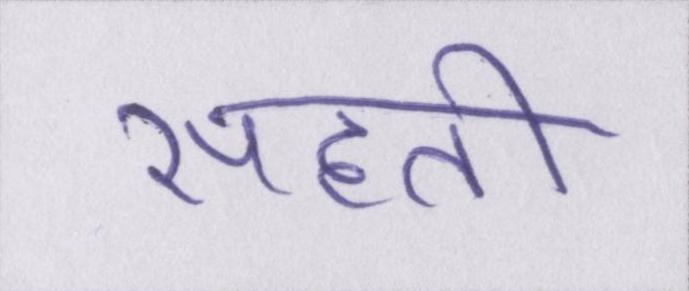
सहती